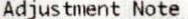
ADJUSTMENT NOTE